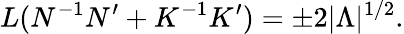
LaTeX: L(N^{-1}N^{\prime}+K^{-1}K^{\prime})=\pm 2|\Lambda|^{1/2}.